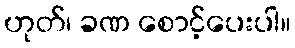
ဟုတ်၊ ခဏ စောင့်ပေးပါ။